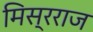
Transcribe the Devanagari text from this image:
मिस्रराज